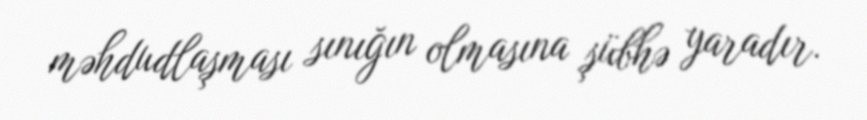
məhdudlaşması sınığın olmasına şübhə yaradır.